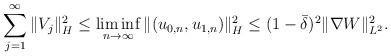
LaTeX: \begin{align*} \sum_{j=1}^\infty \|V_j\|_H^2 \leq \liminf_{n \rightarrow \infty} \|(u_{0,n}, u_{1,n})\|_H^2 \leq (1 - \bar{\delta})^2 \|\nabla W\|_{L^2}^2.\end{align*}